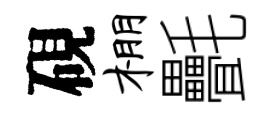
硯棚㲲